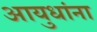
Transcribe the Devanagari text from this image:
आयुधांना